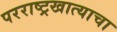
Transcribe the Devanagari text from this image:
परराष्ट्रखात्याचा